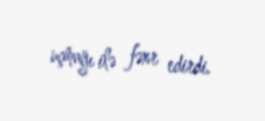
uçmağı ilə fəxr edirdi.